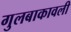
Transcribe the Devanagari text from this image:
गुलबाकावली